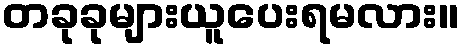
တခုခုများယူပေးရမလား။